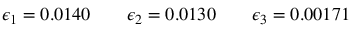
\begin{array} { r } { \epsilon _ { 1 } = 0 . 0 1 4 0 \qquad \epsilon _ { 2 } = 0 . 0 1 3 0 \qquad \epsilon _ { 3 } = 0 . 0 0 1 7 1 } \end{array}